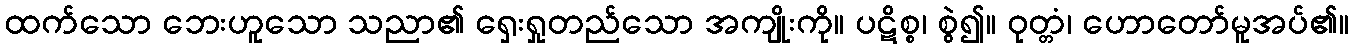
ထက်သော ဘေးဟူသော သညာ၏ ရှေးရှုတည်သော အကျိုးကို။ ပဋိစ္စ၊ စွဲ၍။ ဝုတ္တံ၊ ဟောတော်မူအပ်၏။